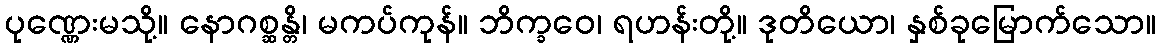
ပုဏ္ဏေးမသို့။ နောဂစ္ဆန္တိ၊ မကပ်ကုန်။ ဘိက္ခဝေ၊ ရဟန်းတို့။ ဒုတိယော၊ နှစ်ခုမြောက်သော။